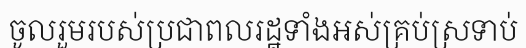
ចូលរួមរបស់ប្រជាពលរដ្ឋទាំងអស់គ្រប់ស្រទាប់